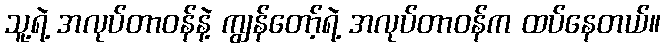
သူ့ရဲ့ အလုပ်တာဝန်နဲ့ ကျွန်တော့်ရဲ့ အလုပ်တာဝန်က ထပ်နေတယ်။